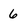
Character: 6